Leningradi_Edasi_toimetus, lk 217
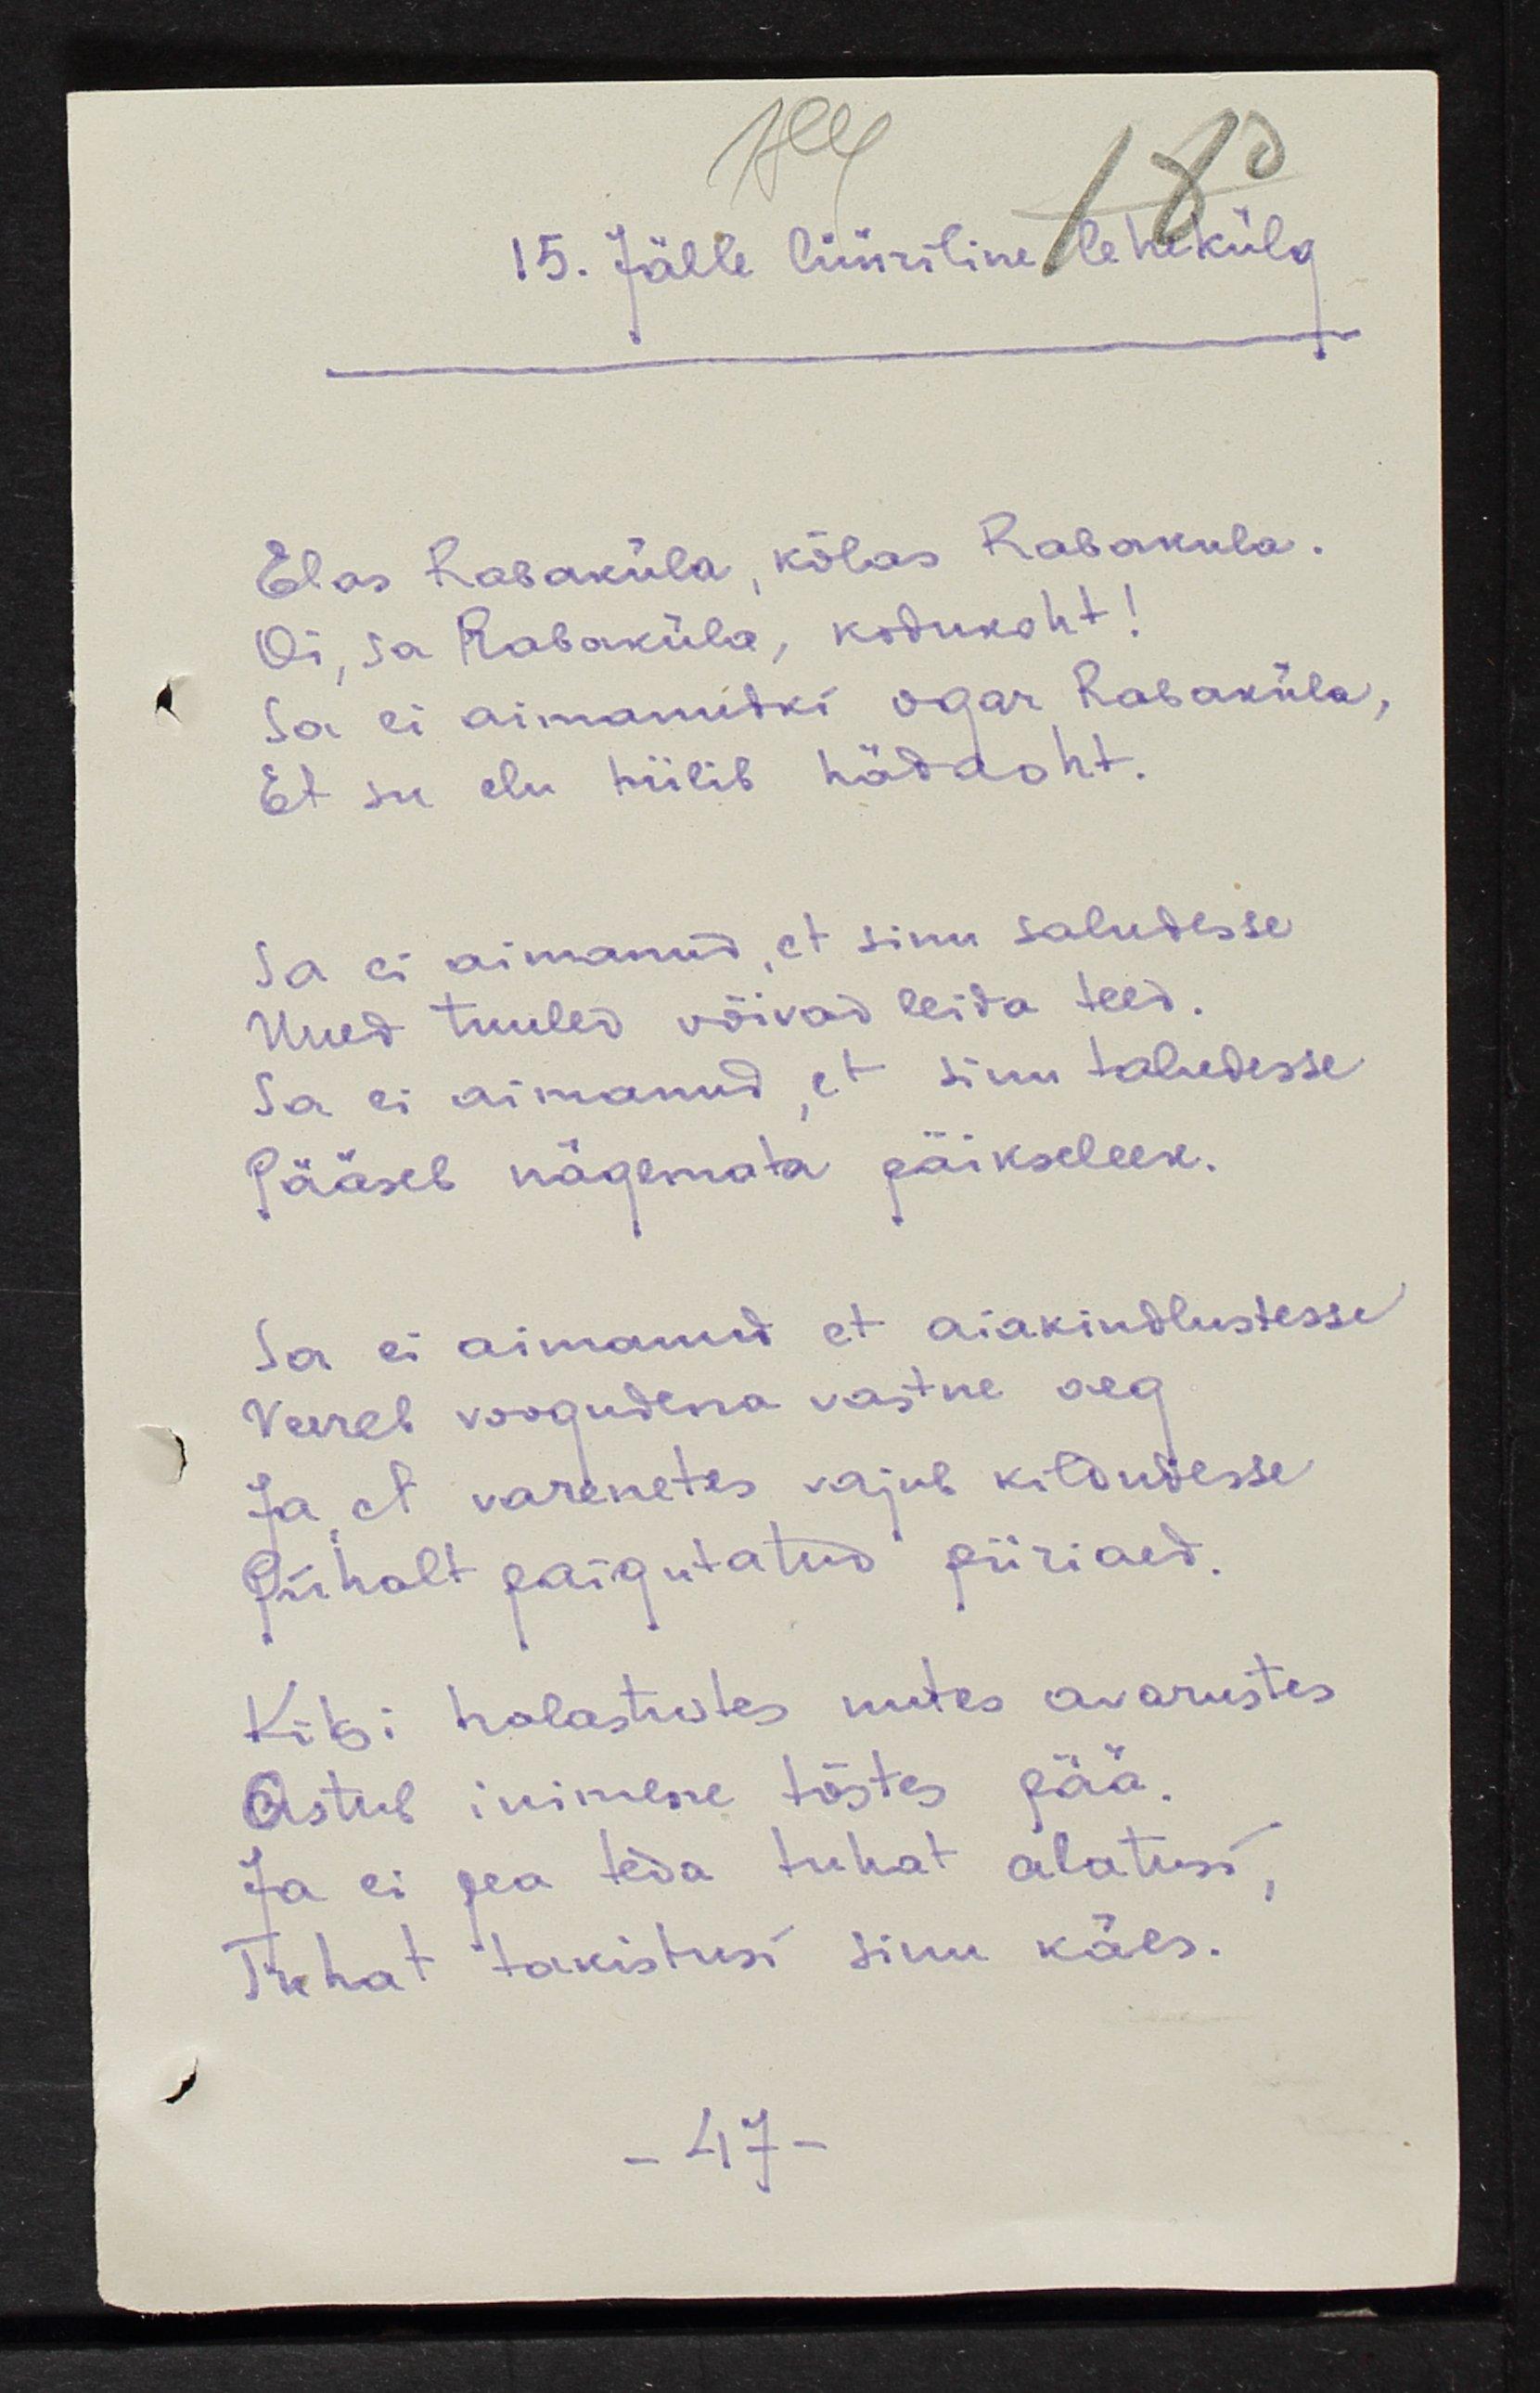
15. Jälle lüüriline lehekülg
Elas Rabaküla, kõlas Rabakula.
Oi, sa Rabaküla, kodukoht!
Sa ei aimanudki ogar Rabaküla,
Et su elu hiilib hädaoht.
Sa ei aimanud, et sinu saludesse
Uued tuuled võivad leida teed.
Sa ei aimanud, et sinu taludesse
Pääseb nägemata päikseleek.
Sa ei aimanud et aiakindlustesse
Veereb voogudena vastne aeg
Ja et varenetes vajub kildudesse
Pühalt paigutatud piiriaed.
Kilgi halastuses uutes avarustes
Astub inimene tõstes pää.
Ja ei pea teda tuhat alatusi,
Tuhat takistusi sinu käes.